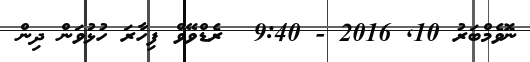
ނޮވެމްބަރު 10